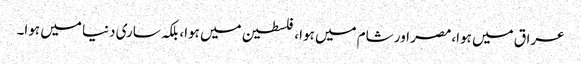
عراق میں ہوا،مصر اور شام میں ہوا، فلسطین میں ہوا، بلکہ ساری دنیا میں ہوا۔